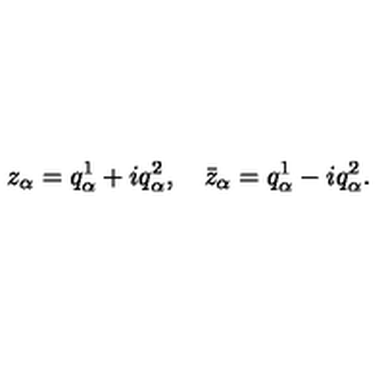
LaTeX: z _ { \alpha } = q _ { \alpha } ^ { 1 } + i q _ { \alpha } ^ { 2 } , \quad \bar { z } _ { \alpha } = q _ { \alpha } ^ { 1 } - i q _ { \alpha } ^ { 2 } .